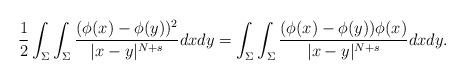
LaTeX: \begin{align*}\frac12\int_{\Sigma}\int_{\Sigma}\frac{(\phi(x) - \phi(y))^2}{|x-y|^{N+s} } d x d y=\int_{\Sigma}\int_{\Sigma}\frac{(\phi(x) - \phi(y) ) \phi(x)}{|x-y|^{N+s} } d x d y .\end{align*}